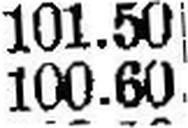
100.60